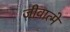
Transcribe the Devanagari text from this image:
जीवात्मे